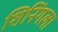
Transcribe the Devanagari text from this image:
शिनिंगला